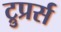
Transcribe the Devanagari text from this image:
ट्रुप्रर्स